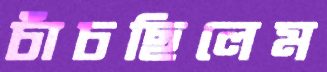
চাঁচছিলেম